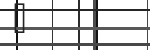
٤